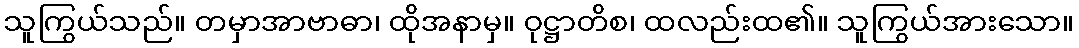
သူကြွယ်သည်။ တမှာအာဗာဓာ၊ ထိုအနာမှ။ ဝုဋ္ဌာတိစ၊ ထလည်းထ၏။ သူကြွယ်အားသော။